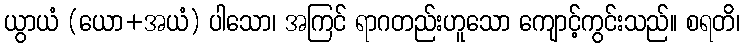
ယွာယံ (ယော+အယံ) ပါသော၊ အကြင် ရာဂတည်းဟူသော ကျောင့်ကွင်းသည်။ စရတိ၊